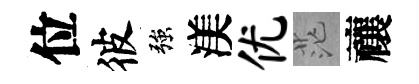
位彼強渼优茫禳